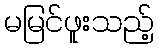
မမြင်ဖူးသည့်